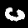
Digit: 0